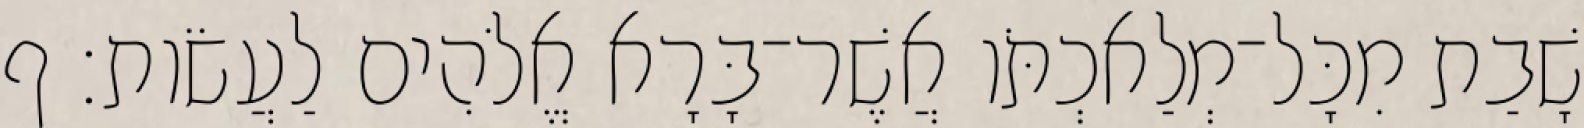
שָׁבַת מִכָּל־מְלַאכְתֹּו אֲשֶׁר־בָּרָא אֱלֹהִים לַעֲשֹׂות׃ ף